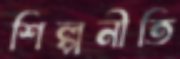
শিল্পনীতি